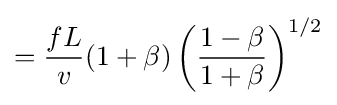
={\frac {fL}{v}}(1+\beta )\left({\frac {1-\beta }{1+\beta }}\right)^{1/2}